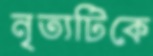
নৃত্যটিকে